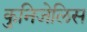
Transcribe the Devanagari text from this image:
कुनिजेलिस